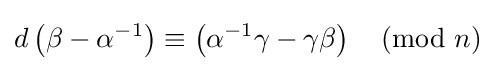
d\left(\beta -\alpha ^{-1}\right)\equiv \left(\alpha ^{-1}\gamma -\gamma \beta \right){\pmod {n}}